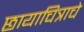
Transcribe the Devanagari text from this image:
छायाचित्राचे